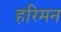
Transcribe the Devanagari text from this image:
हरिमन